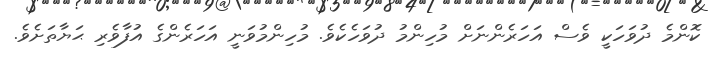
ކޮންމެ ދުވަހަކީ ވެސް އަހަރެންނަށް މުހިންމު ދުވަހެކެވެ. މުހިންމުވަނީ އަހަރެންގެ އުފާވެރި ޙަޔާތަށެވެ.